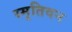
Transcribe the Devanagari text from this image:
स्मृतिवन